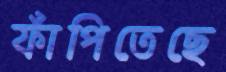
ফাঁপিতেছে